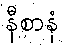
နီစာနံ